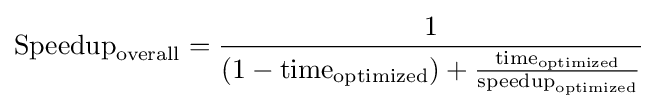
{\text{Speedup}}_{\text{overall}}={\frac {1}{(1-{\text{time}}_{\text{optimized}})+{\frac {{\text{time}}_{\text{optimized}}}{{\text{speedup}}_{\text{optimized}}}}}}